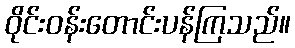
ဝိုင်းဝန်းတောင်းပန်ကြသည်။